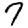
Digit: 7